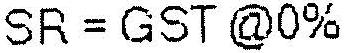
SR = GST @0%